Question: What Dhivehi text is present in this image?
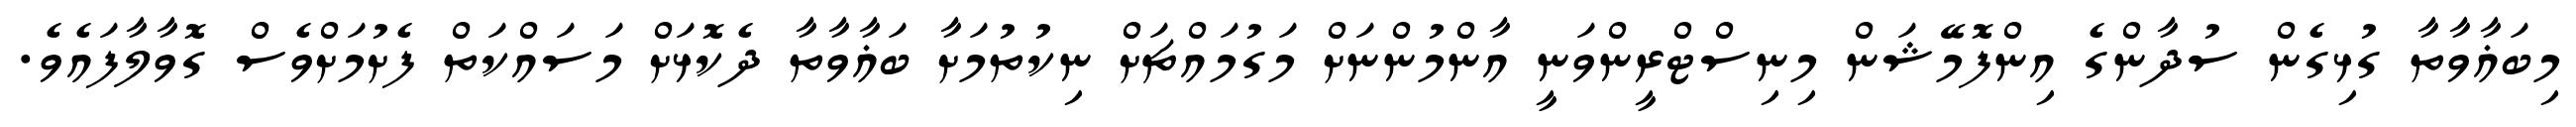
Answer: މިބަޣާވާތާ ގުޅިގެން ސުދާންގެ އިންފޮމޭޝަން މިނިސްޓްރީންވަނީ އާންމުންނަށް މަގުމައްޗަށް ނިކުތުމަށާ ބަޣާވާތާ ދެކޮޅަށް މަސައްކަތް ފެށުމަށްވެސް ގޮވާލާފައެވެ.